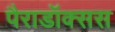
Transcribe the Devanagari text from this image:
पैराडॉक्सस